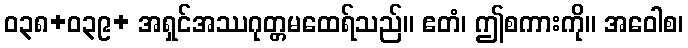
ဝ၃၈+ဝ၃၉+ အရှင်အဿဂုတ္တမထေရ်သည်။ ဧတံ၊ ဤစကားကို။ အဝေါစ၊